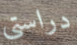
دراستي